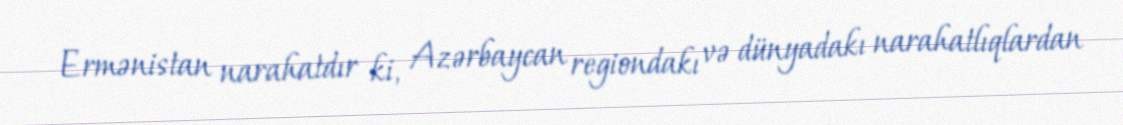
Ermənistan narahatdır ki, Azərbaycan regiondakı və dünyadakı narahatlıqlardan